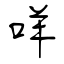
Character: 咩